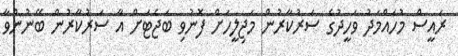
ރައީސް މުހައްމަދު ވަހީދުގެ ސަރުކާރުން މަޖިލީހަށް ފޮނުވި ބަޖެޓަށް އާ ސަރުކާރުން ބޭނުންވާ